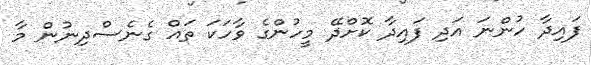
ފައިދާ ހުންނަ އަދި ފައިދާ ކޮށްދޭ މީހުންގެ ވާހަކަ ތައް ގެނެސްދިނުން މާ